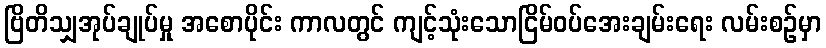
ဗြိတိသျှအုပ်ချုပ်မှု အစောပိုင်း ကာလတွင် ကျင့်သုံးသောငြိမ်ဝပ်အေးချမ်းရေး လမ်းစဉ်မှာ